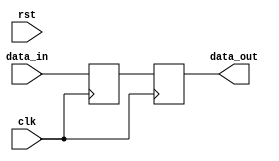
module pipeline_reg #(
    parameter bitwidth =8,
    parameter num_stage=2,
    parameter en_rst = 0
)(
    input clk,
    input rst,
    input [bitwidth-1:0]data_in,
    output  [bitwidth-1:0] data_out
);
    genvar i;
    generate
        if(num_stage != 0 ) begin
            reg [bitwidth-1:0] data[0:num_stage-1];
            for(i=0;i<num_stage;i=i+1) begin:STAGE
                if ( en_rst == 0 ) begin
                    always @(posedge clk )
                        data[i] <= (i==0) ? data_in : data[i-1];
                end
                else begin
                    always @(posedge clk or posedge rst)begin
                            if(rst)
                                data[i] <= {bitwidth{1'b0}};
                            else
                                data[i] <= (i == 0) ? data_in : data[i-1];
                    end
                end
            end
            assign data_out = data[num_stage-1];
        end else
            assign data_out=data_in;
    endgenerate
endmodule